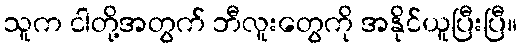
သူက ငါတို့အတွက် ဘီလူးတွေကို အနိုင်ယူပြီးပြီ။